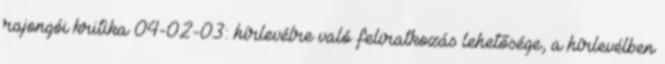
rajongói kritika 04-02-03: hírlevélre való feliratkozás lehetősége, a hírlevélben